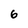
Character: 6